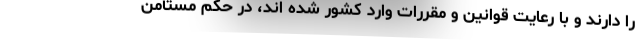
را دارند و با رعایت قوانین و مقررات وارد کشور شده اند، در حکم مستأمن